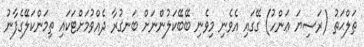
ޠަލްޙަތު (ރަޟިޔަ ޢަންހު) ގޭގައި އެވެނި މިވެނި ބޭބޭކަލުންނަށް ބަނގުރާ ދެއްވުމަށްޓަކައި ތިމަންކަލޭގެފާނު